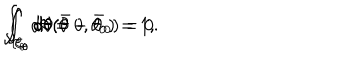
\int _ { { \cal C } _ { \theta } } d \theta = 0 , \hspace { 1 c m } \int _ { { \cal C } _ { \theta } } d \theta ( \theta - \theta _ { 0 } ) = 1 , \hspace { 1 c m } \int _ { { \cal C } _ { \theta } } d \theta ( \bar { \theta } - \bar { \theta } _ { 0 } ) = 0 .